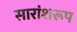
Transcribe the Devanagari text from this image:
सारांशरूप